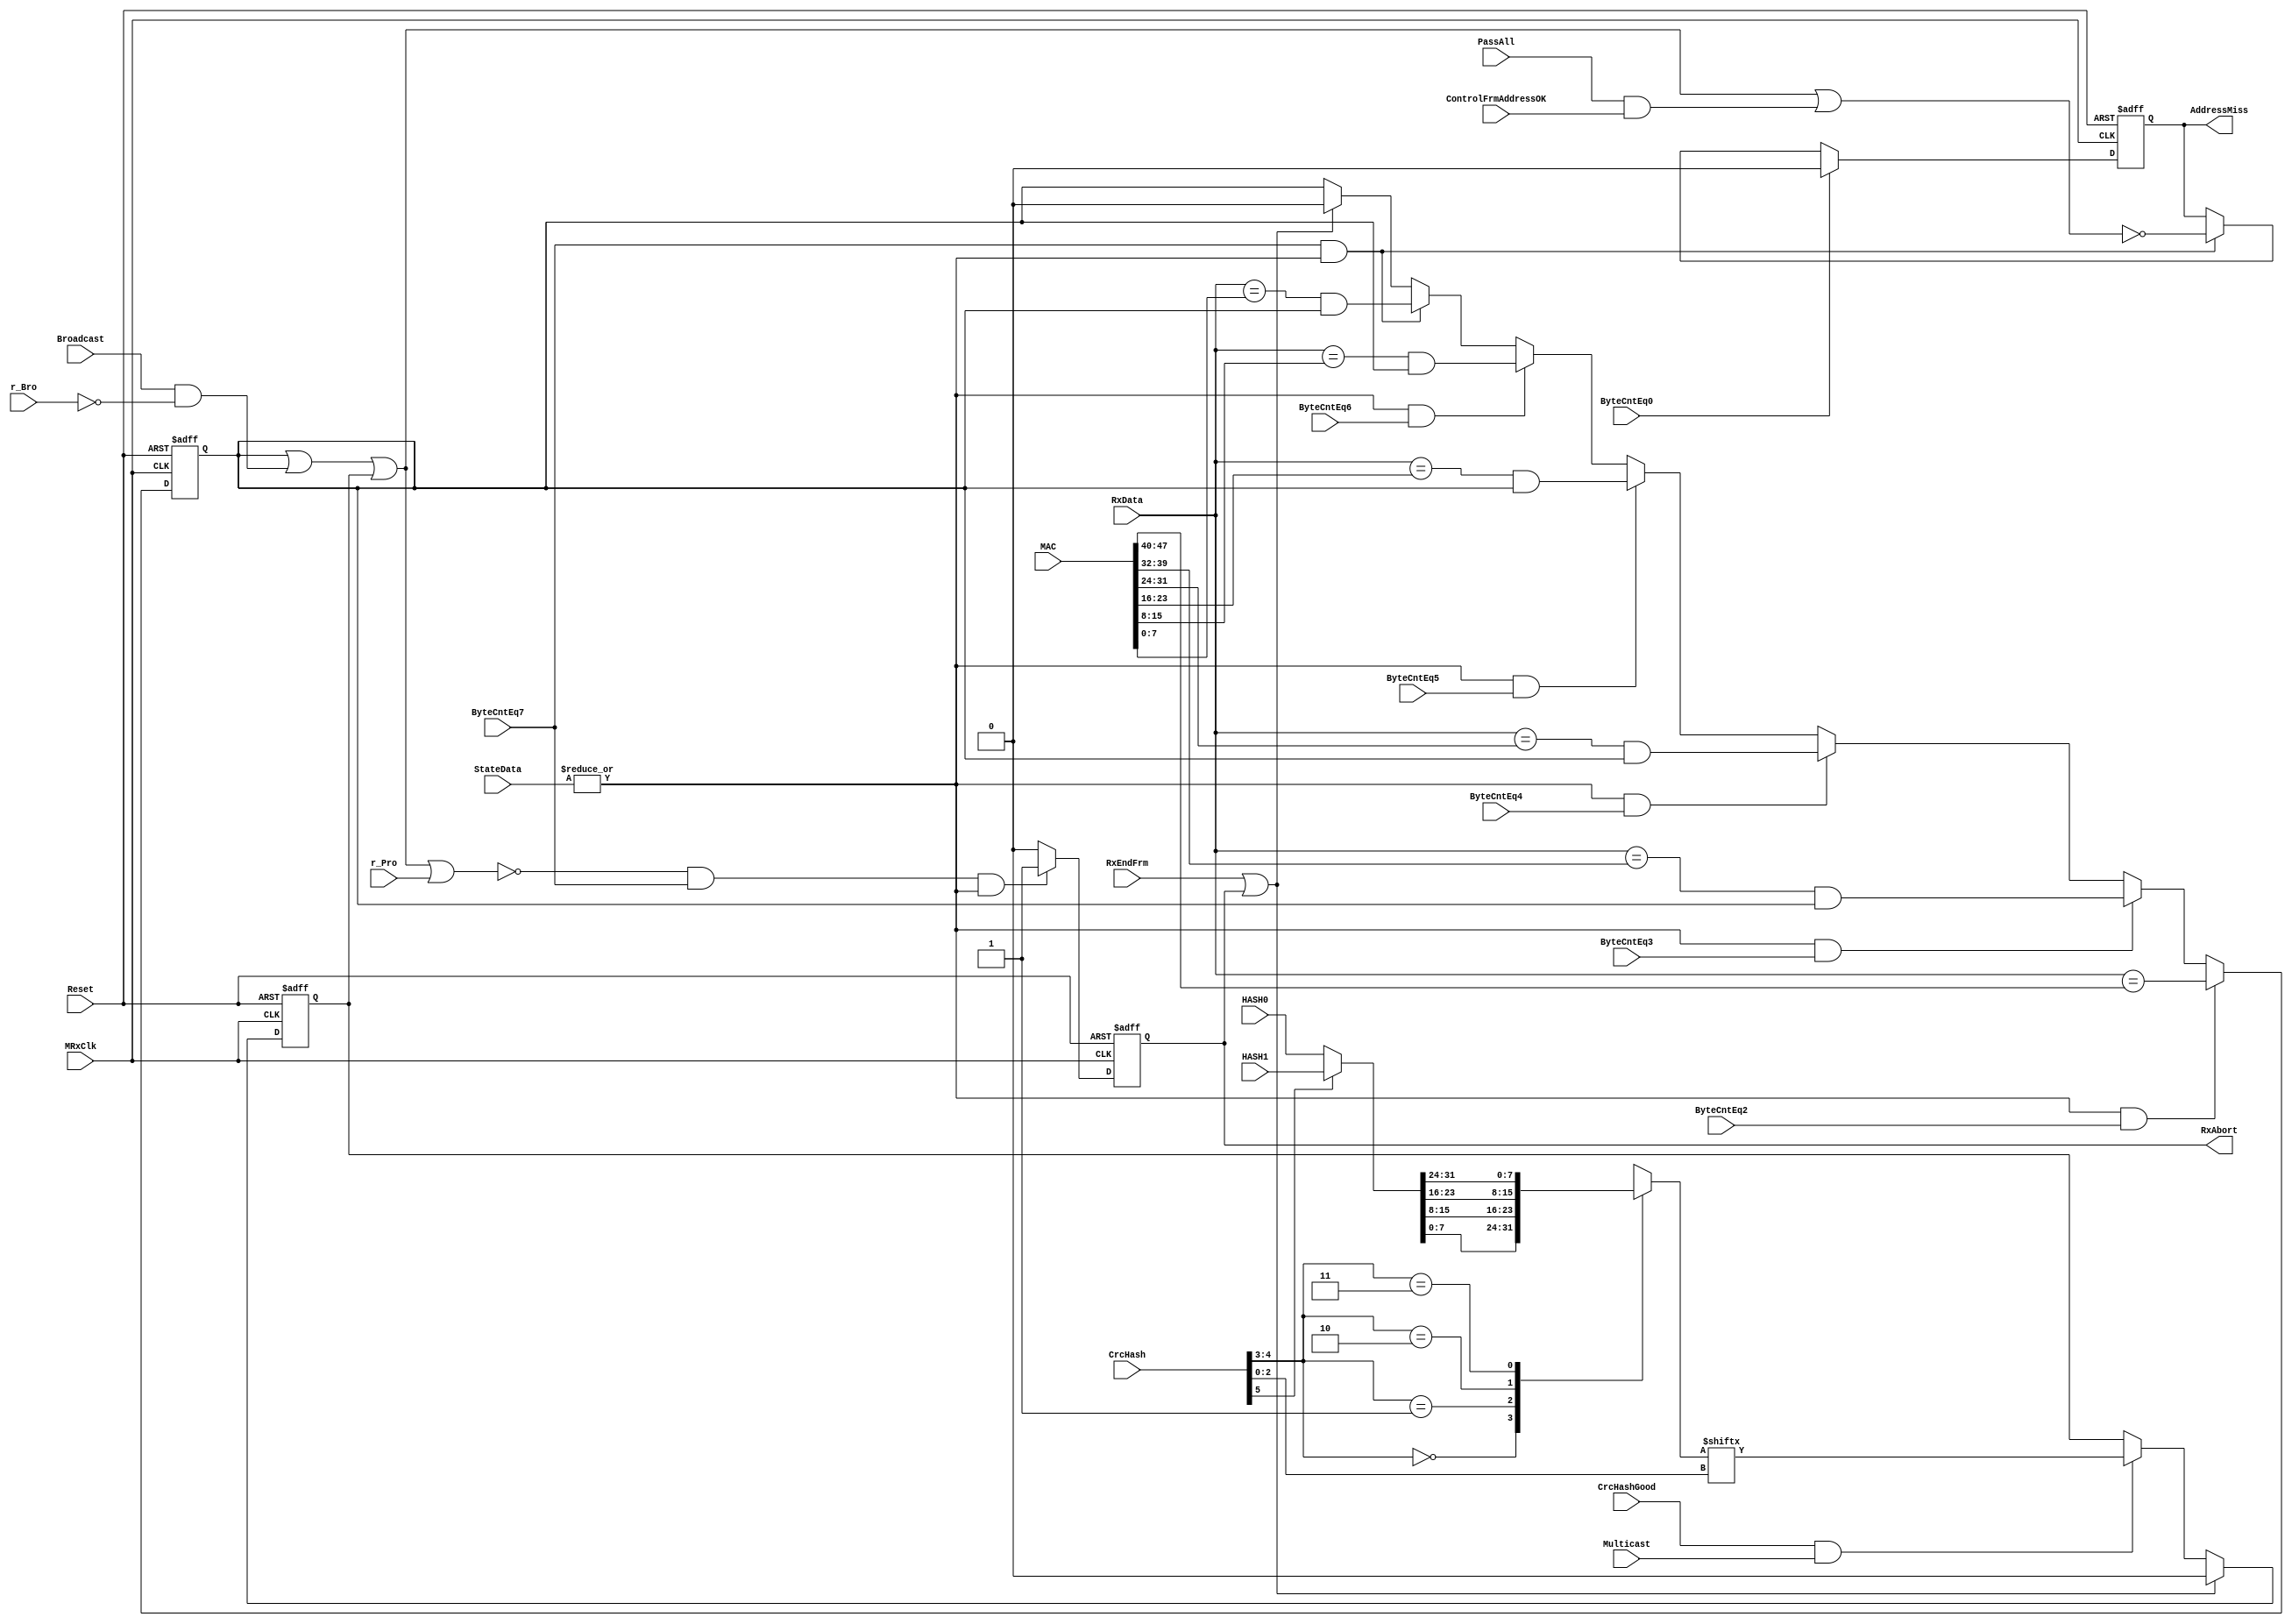
//////////////////////////////////////////////////////////////////////
////                                                              ////
////  eth_rxaddrcheck.v                                           ////
////                                                              ////
////  This file is part of the Ethernet IP core project           ////
////  http://www.opencores.org/project,ethmac/                    ////
////                                                              ////
////  Author(s):                                                  ////
////      - Bill Dittenhofer (billditt@aol.com)                   ////
////      - Olof Kindgren    (olof@opencores.org)                 ////
////                                                              ////
////  All additional information is avaliable in the Readme.txt   ////
////  file.                                                       ////
////                                                              ////
//////////////////////////////////////////////////////////////////////
////                                                              ////
//// Copyright (C) 2001, 2011 Authors                             ////
////                                                              ////
//// This source file may be used and distributed without         ////
//// restriction provided that this copyright statement is not    ////
//// removed from the file and that any derivative work contains  ////
//// the original copyright notice and the associated disclaimer. ////
////                                                              ////
//// This source file is free software; you can redistribute it   ////
//// and/or modify it under the terms of the GNU Lesser General   ////
//// Public License as published by the Free Software Foundation; ////
//// either version 2.1 of the License, or (at your option) any   ////
//// later version.                                               ////
////                                                              ////
//// This source is distributed in the hope that it will be       ////
//// useful, but WITHOUT ANY WARRANTY; without even the implied   ////
//// warranty of MERCHANTABILITY or FITNESS FOR A PARTICULAR      ////
//// PURPOSE.  See the GNU Lesser General Public License for more ////
//// details.                                                     ////
////                                                              ////
//// You should have received a copy of the GNU Lesser General    ////
//// Public License along with this source; if not, download it   ////
//// from http://www.opencores.org/lgpl.shtml                     ////
////                                                              ////
//////////////////////////////////////////////////////////////////////
//
// 2011-07-06 Olof Kindgren <olof@opencores.org>
// Reset AdressMiss when a new frame arrives. Otherwise it will report
// the last value when a frame is less than seven bytes
//
// CVS Revision History
//
// $Log: not supported by cvs2svn $
// Revision 1.8  2002/11/19 17:34:52  mohor
// AddressMiss status is connecting to the Rx BD. AddressMiss is identifying
// that a frame was received because of the promiscous mode.
//
// Revision 1.7  2002/09/04 18:41:06  mohor
// Bug when last byte of destination address was not checked fixed.
//
// Revision 1.6  2002/03/20 15:14:11  mohor
// When in promiscous mode some frames were not received correctly. Fixed.
//
// Revision 1.5  2002/03/02 21:06:32  mohor
// Log info was missing.
//
//
// Revision 1.1  2002/02/08 12:51:54  ditt
// Initial release of the ethernet addresscheck module.
//
//
//
//
//


//////////////////////////////////////////////////////////////////////
////                                                              ////
////  timescale.v                                                 ////
////                                                              ////
////  This file is part of the Ethernet IP core project           ////
////  http://www.opencores.org/project,ethmac                     ////
////                                                              ////
////  Author(s):                                                  ////
////      - Igor Mohor (igorM@opencores.org)                      ////
////                                                              ////
////  All additional information is avaliable in the Readme.txt   ////
////  file.                                                       ////
////                                                              ////
//////////////////////////////////////////////////////////////////////
////                                                              ////
//// Copyright (C) 2001 Authors                                   ////
////                                                              ////
//// This source file may be used and distributed without         ////
//// restriction provided that this copyright statement is not    ////
//// removed from the file and that any derivative work contains  ////
//// the original copyright notice and the associated disclaimer. ////
////                                                              ////
//// This source file is free software; you can redistribute it   ////
//// and/or modify it under the terms of the GNU Lesser General   ////
//// Public License as published by the Free Software Foundation; ////
//// either version 2.1 of the License, or (at your option) any   ////
//// later version.                                               ////
////                                                              ////
//// This source is distributed in the hope that it will be       ////
//// useful, but WITHOUT ANY WARRANTY; without even the implied   ////
//// warranty of MERCHANTABILITY or FITNESS FOR A PARTICULAR      ////
//// PURPOSE.  See the GNU Lesser General Public License for more ////
//// details.                                                     ////
////                                                              ////
//// You should have received a copy of the GNU Lesser General    ////
//// Public License along with this source; if not, download it   ////
//// from http://www.opencores.org/lgpl.shtml                     ////
////                                                              ////
//////////////////////////////////////////////////////////////////////
//
// CVS Revision History
//
// $Log: not supported by cvs2svn $
// Revision 1.2  2001/10/19 11:36:31  mohor
// Log file added.
//
//
//

`timescale 1ns / 1ns


module eth_rxaddrcheck(MRxClk,  Reset, RxData, Broadcast ,r_Bro ,r_Pro,
                       ByteCntEq2, ByteCntEq3, ByteCntEq4, ByteCntEq5,
                       ByteCntEq6, ByteCntEq7, HASH0, HASH1, ByteCntEq0,
                       CrcHash,    CrcHashGood, StateData, RxEndFrm,
                       Multicast, MAC, RxAbort, AddressMiss, PassAll,
                       ControlFrmAddressOK
                      );


  input        MRxClk; 
  input        Reset; 
  input [7:0]  RxData; 
  input        Broadcast; 
  input        r_Bro; 
  input        r_Pro; 
  input        ByteCntEq0;
  input        ByteCntEq2;
  input        ByteCntEq3;
  input        ByteCntEq4;
  input        ByteCntEq5;
  input        ByteCntEq6;
  input        ByteCntEq7;
  input [31:0] HASH0; 
  input [31:0] HASH1; 
  input [5:0]  CrcHash; 
  input        CrcHashGood; 
  input        Multicast; 
  input [47:0] MAC;
  input [1:0]  StateData;
  input        RxEndFrm;
  input        PassAll;
  input        ControlFrmAddressOK;
  
  output       RxAbort;
  output       AddressMiss;

 wire BroadcastOK;
 wire ByteCntEq2;
 wire ByteCntEq3;
 wire ByteCntEq4; 
 wire ByteCntEq5;
 wire RxAddressInvalid;
 wire RxCheckEn;
 wire HashBit;
 wire [31:0] IntHash;
 reg [7:0]  ByteHash;
 reg MulticastOK;
 reg UnicastOK;
 reg RxAbort;
 reg AddressMiss;
 
assign RxAddressInvalid = ~(UnicastOK | BroadcastOK | MulticastOK | r_Pro);
 
assign BroadcastOK = Broadcast & ~r_Bro;
 
assign RxCheckEn   = | StateData;
 
 // Address Error Reported at end of address cycle
 // RxAbort clears after one cycle
 
always @ (posedge MRxClk or posedge Reset)
begin
  if(Reset)
    RxAbort <=  1'b0;
  else if(RxAddressInvalid & ByteCntEq7 & RxCheckEn)
    RxAbort <=  1'b1;
  else
    RxAbort <=  1'b0;
end
 

// This ff holds the "Address Miss" information that is written to the RX BD status.
always @ (posedge MRxClk or posedge Reset)
begin
  if(Reset)
    AddressMiss <=  1'b0;
  else if(ByteCntEq0)
    AddressMiss <=  1'b0;
  else if(ByteCntEq7 & RxCheckEn)
    AddressMiss <=  (~(UnicastOK | BroadcastOK | MulticastOK | (PassAll & ControlFrmAddressOK)));
end


// Hash Address Check, Multicast
always @ (posedge MRxClk or posedge Reset)
begin
  if(Reset)
    MulticastOK <=  1'b0;
  else if(RxEndFrm | RxAbort)
    MulticastOK <=  1'b0;
  else if(CrcHashGood & Multicast)
    MulticastOK <=  HashBit;
end
 
 
// Address Detection (unicast)
// start with ByteCntEq2 due to delay of addres from RxData
always @ (posedge MRxClk or posedge Reset)
begin
  if(Reset)
    UnicastOK <=  1'b0;
  else
  if(RxCheckEn & ByteCntEq2)
    UnicastOK <=    RxData[7:0] == MAC[47:40];
  else
  if(RxCheckEn & ByteCntEq3)
    UnicastOK <=  ( RxData[7:0] == MAC[39:32]) & UnicastOK;
  else
  if(RxCheckEn & ByteCntEq4)
    UnicastOK <=  ( RxData[7:0] == MAC[31:24]) & UnicastOK;
  else
  if(RxCheckEn & ByteCntEq5)
    UnicastOK <=  ( RxData[7:0] == MAC[23:16]) & UnicastOK;
  else
  if(RxCheckEn & ByteCntEq6)
    UnicastOK <=  ( RxData[7:0] == MAC[15:8])  & UnicastOK;
  else
  if(RxCheckEn & ByteCntEq7)
    UnicastOK <=  ( RxData[7:0] == MAC[7:0])   & UnicastOK;
  else
  if(RxEndFrm | RxAbort)
    UnicastOK <=  1'b0;
end
   
assign IntHash = (CrcHash[5])? HASH1 : HASH0;
  
always@(CrcHash or IntHash)
begin
  case(CrcHash[4:3])
    2'b00: ByteHash = IntHash[7:0];
    2'b01: ByteHash = IntHash[15:8];
    2'b10: ByteHash = IntHash[23:16];
    2'b11: ByteHash = IntHash[31:24];
  endcase
end
      
assign HashBit = ByteHash[CrcHash[2:0]];


endmodule